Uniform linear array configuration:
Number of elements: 64
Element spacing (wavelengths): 0.5
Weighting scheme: hamming
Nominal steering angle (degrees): -45
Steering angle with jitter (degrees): -44.367
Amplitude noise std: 0.05
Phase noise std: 0.05

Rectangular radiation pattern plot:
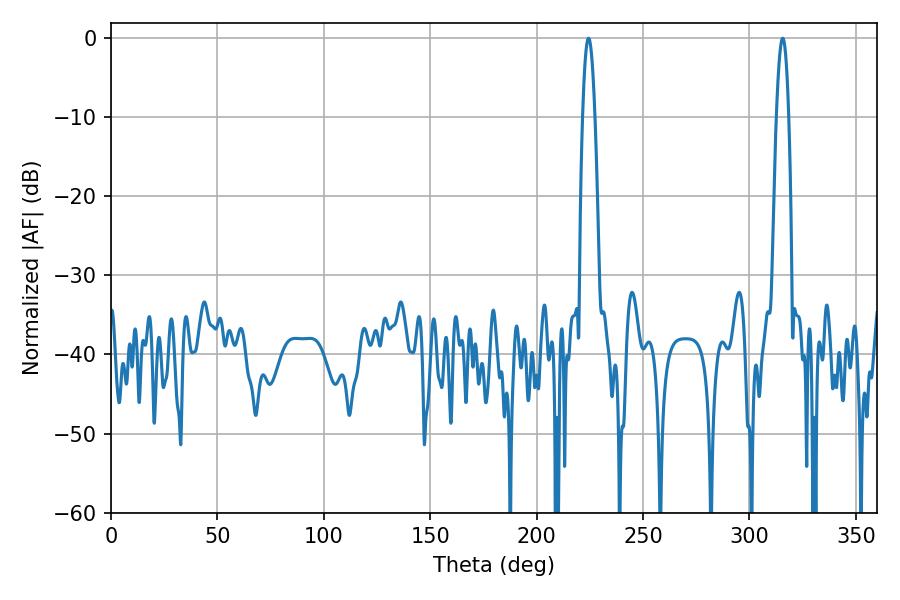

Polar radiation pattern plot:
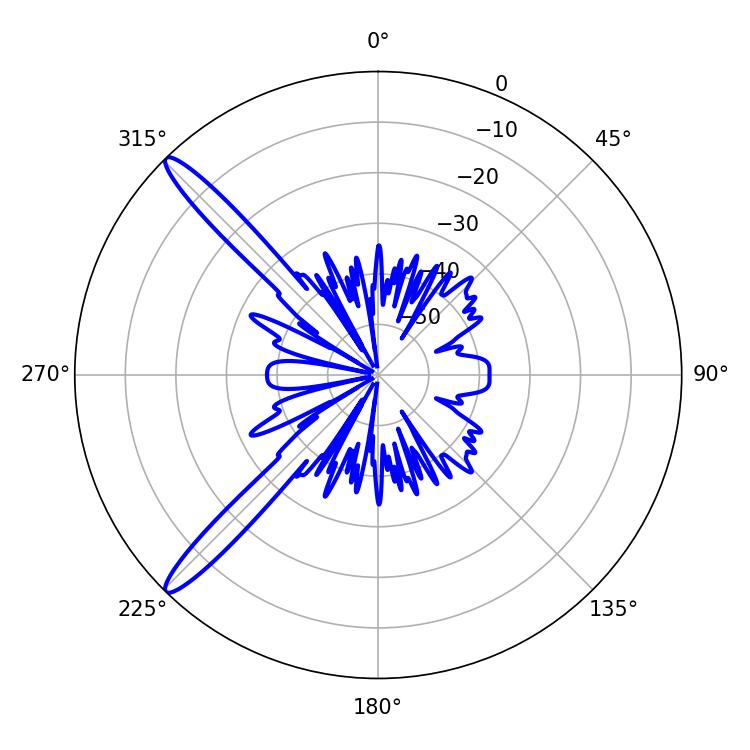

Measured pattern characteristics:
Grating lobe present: FALSE
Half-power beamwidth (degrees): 3.06
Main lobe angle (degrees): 224.46